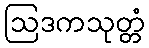
ဩဒကသုတ္တံ